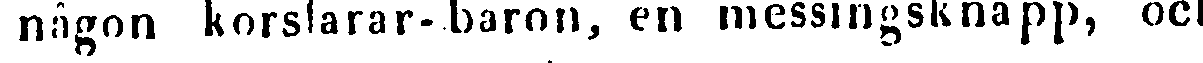
någon korslarar-baron, en messingsknapp, och